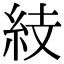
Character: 𥿔